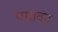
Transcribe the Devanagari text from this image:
पसावन